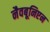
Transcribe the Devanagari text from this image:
नैवबूनिएन